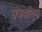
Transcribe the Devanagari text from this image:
संघर्षांतून